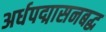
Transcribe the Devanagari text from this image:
अर्धपद्मासनबद्ध